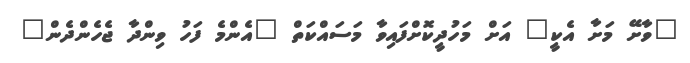
"ވާށޭ މަށާ އެކީ" އަށް މަހުދީކޮށްފައިވާ މަސައްކަތް "އެންމެ ފަހު ވިންދާ ޖެހެންދެން"